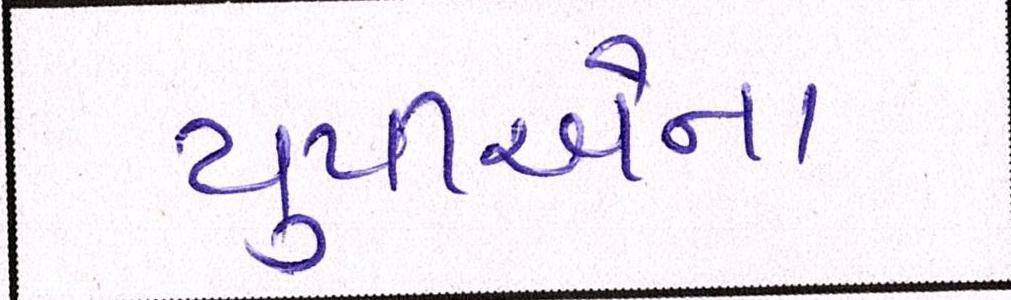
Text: યુપીએના